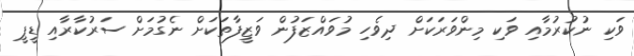
ވަކި ނުކުރުމާއި ވަކި މިންވަރަކަށް ދިވެހި މުވައްޒަފުން ވަޒީފާތަކަށް ނެގުމަށް ސަރުކާރާއި ޑީޕީ